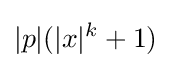
|p|(|x|^{k}+1)